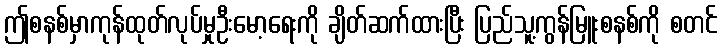
ဤစနစ်မှာကုန်ထုတ်လုပ်မှုဦးမော့ရေးကို ချိတ်ဆက်ထားပြီး ပြည်သူ့ကွန်မြူးစနစ်ကို စတင်